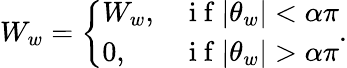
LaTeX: W_{w}=\left\{ \begin{array}{lr}{W_{w},}&{\mathrm{~i~f~}|\theta_{w}|<\alpha\pi}\\ {0,}&{\mathrm{~i~f~}|\theta_{w}|>\alpha\pi}\end{array}\right..